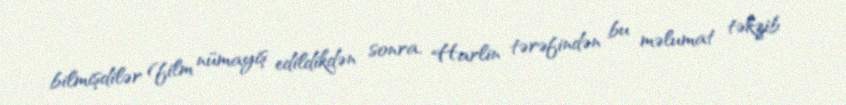
bilmişdilər (film nümayiş edildikdən sonra, Harlin tərəfindən bu məlumat təkzib